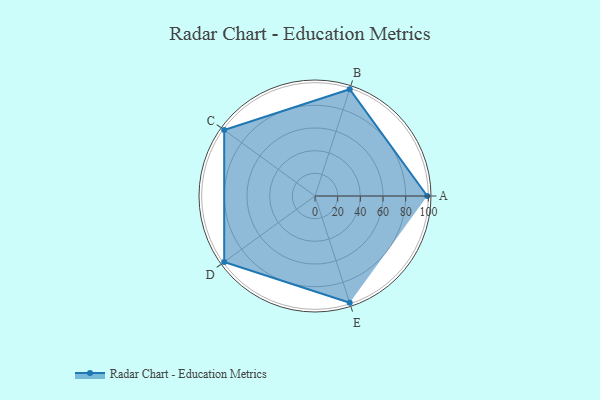
{"axis": {"x": "Skill", "y": "Score"}, "legend": ["Profile"], "data": [{"x": "A", "y": 99, "type": "Profile"}, {"x": "B", "y": 99, "type": "Profile"}, {"x": "C", "y": 99, "type": "Profile"}, {"x": "D", "y": 99, "type": "Profile"}, {"x": "E", "y": 99, "type": "Profile"}]}